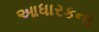
આધારકના